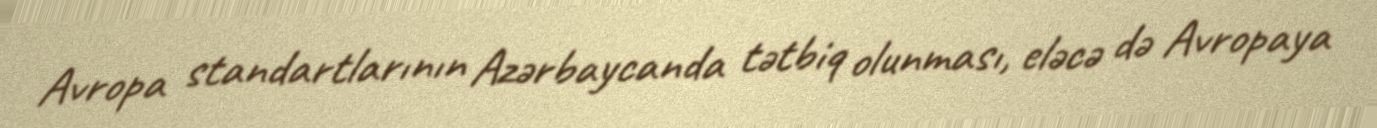
Avropa standartlarının Azərbaycanda tətbiq olunması, eləcə də Avropaya